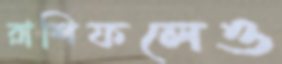
রাশিফলেও